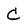
Character: C